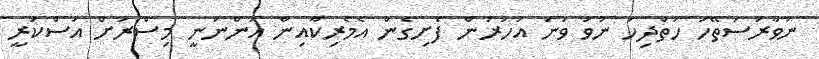
ނަވާރަސަތޭހަ ހަތްދިހަ ނުވަ ވަނަ އަހަރުން ފެށިގެން އެމެރިކާއިން އަންނަނީ މިސްރަށް އަސްކަރީ